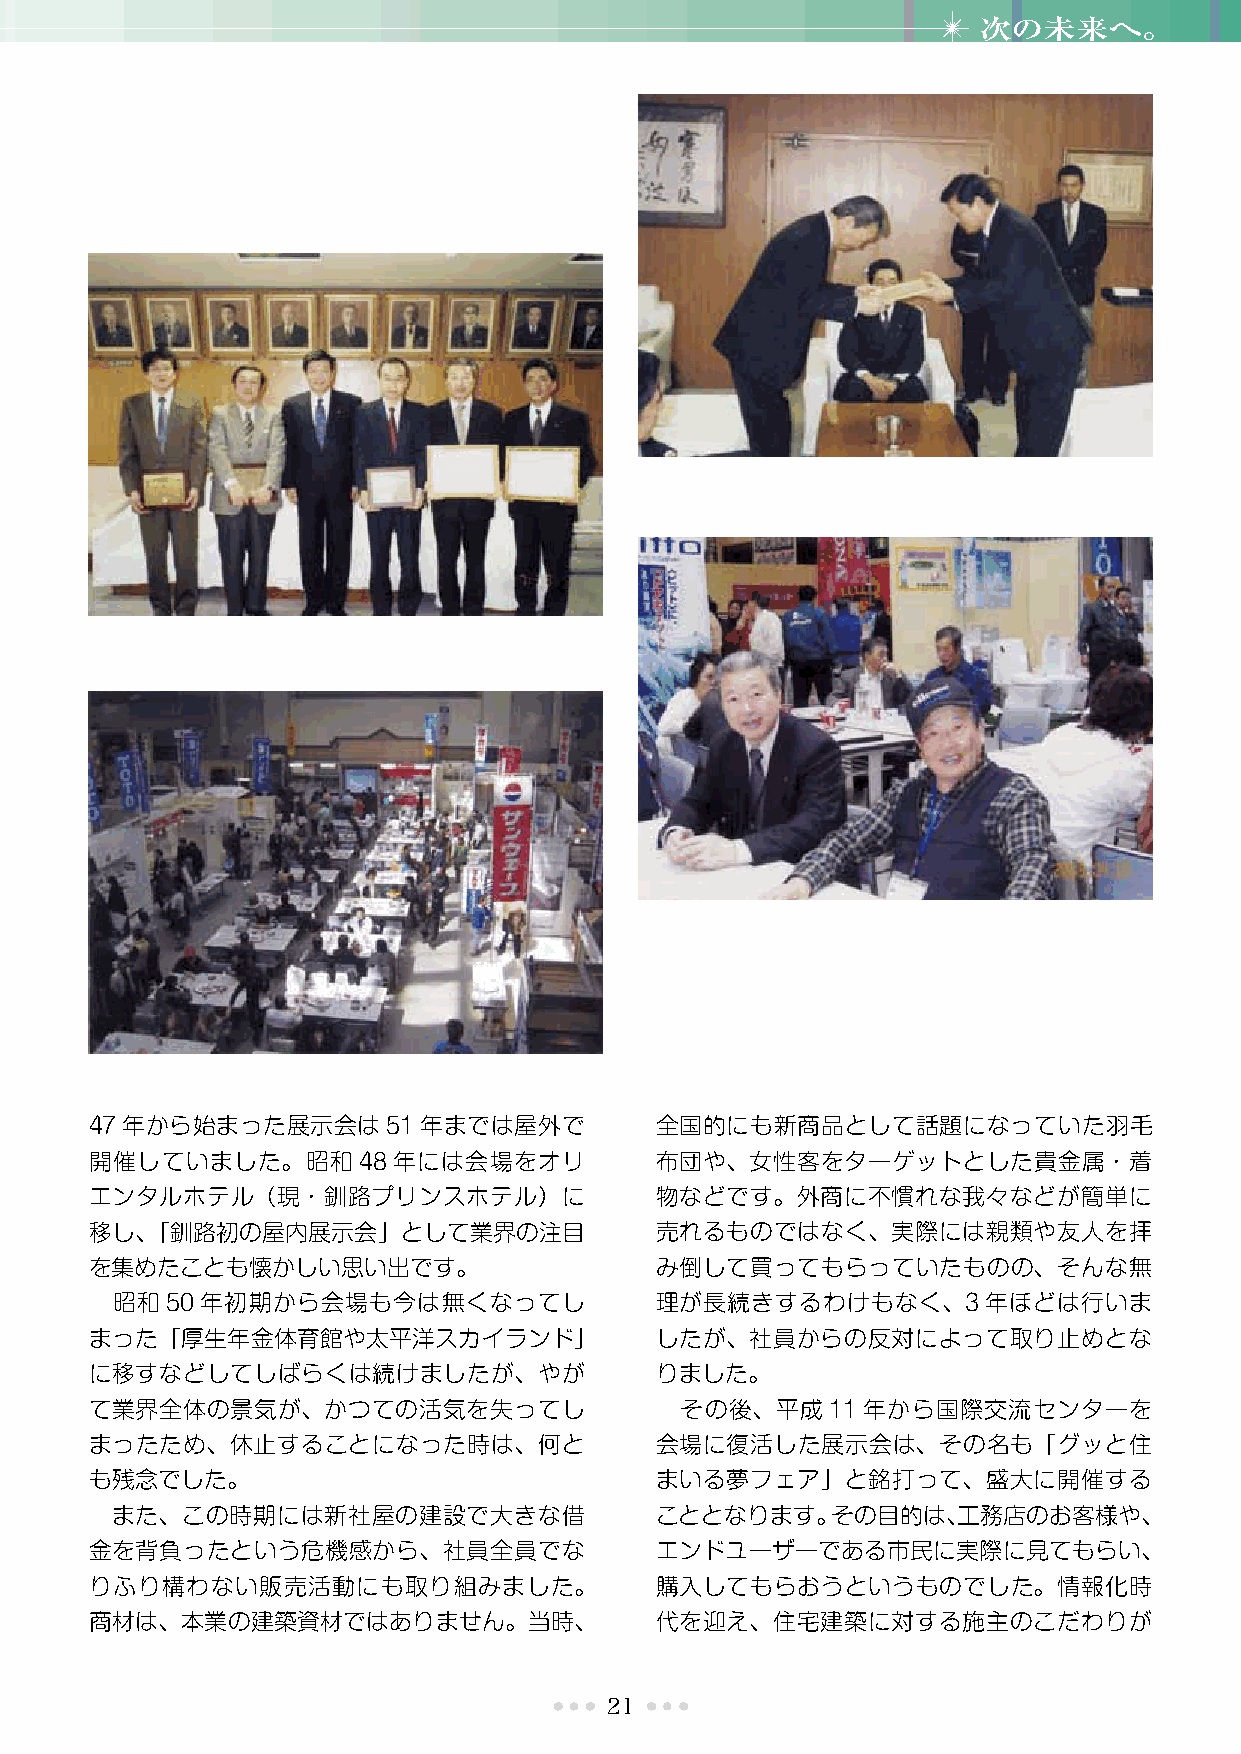
次の未来へ。
 47年から始まった展示会は51年までは屋外で               全国的にも新商品として話題になっていた羽毛
 開催していました。昭和48年には会場をオリ                布団や、女性客をターゲットとした貴金属・着
 エンタルホテル（現・釧路プリンスホテル）に                物などです。外商に不慣れな我々などが簡単に
 移し、「釧路初の屋内展示会」として業界の注目               売れるものではなく、実際には親類や友人を拝
 を集めたことも懐かしい思い出です。                    み倒して買ってもらっていたものの、そんな無
 昭和50年初期から会場も今は無くなってし                理が長続きするわけもなく、3年ほどは行いま
 まった「厚生年金体育館や太平洋スカイランド」               したが、社員からの反対によって取り止めとな
 に移すなどしてしばらくは続けましたが、やが                りました。
 て業界全体の景気が、かつての活気を失ってし                  その後、平成11年から国際交流センターを
 まったため、休止することになった時は、何と                会場に復活した展示会は、その名も「グッと住
 も残念でした。                              まいる夢フェア」と銘打って、盛大に開催する
 また、この時期には新社屋の建設で大きな借                こととなります。その目的は、工務店のお客様や、
 金を背負ったという危機感から、社員全員でな                エンドユーザーである市民に実際に見てもらい、
 りふり構わない販売活動にも取り組みました。                購入してもらおうというものでした。情報化時
 商材は、本業の建築資材ではありません。当時、               代を迎え、住宅建築に対する施主のこだわりが
 21